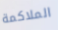
الملاكمة